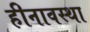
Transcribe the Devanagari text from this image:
हीनावस्था